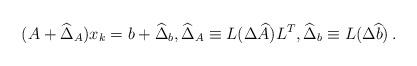
LaTeX: \begin{align*}(A + \widehat\Delta_A) x_k = b + \widehat\Delta_b,\widehat\Delta_A \equiv L(\Delta \widehat A )L^{T},\widehat\Delta_b \equiv L (\Delta \widehat b)\,.\end{align*}